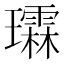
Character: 𪼬